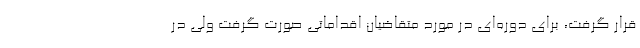
قرار گرفت، برای دوره‌ای در مورد متقاضیان اقداماتی صورت گرفت ولی در